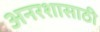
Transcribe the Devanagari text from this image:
अनरशासाठी